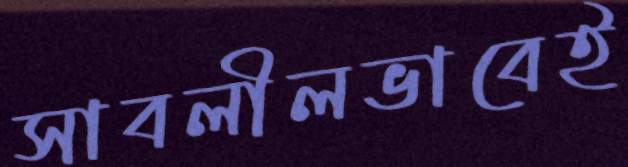
সাবলীলভাবেই